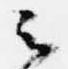
云